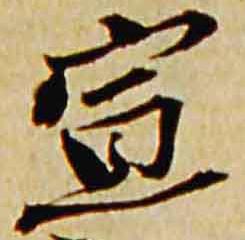
宣